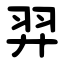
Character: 羿